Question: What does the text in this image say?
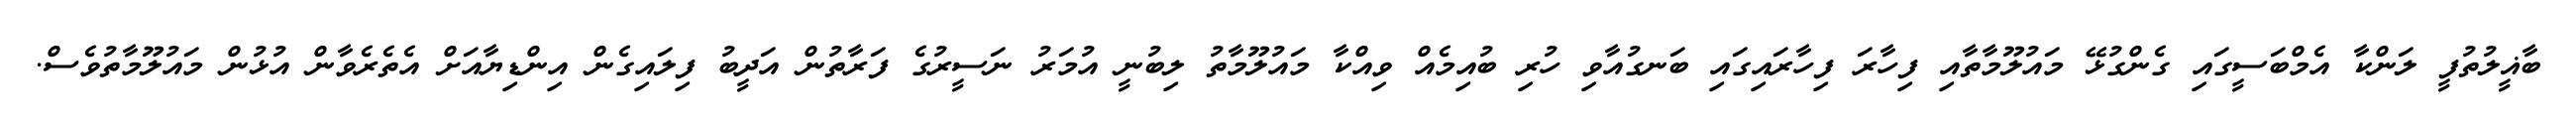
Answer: ބާޣީލުތުފީ ލަންކާ އެމްބަސީގައި ގެންގުޅޭ މައުލޫމާތާއި ފިހާރަ ފިހާރައިގައި ބަނގުއާވި ހުރި ބުއިމެއް ވިއްކާ މައުލޫމާތު ލިބުނީ އުމަރު ނަސީރުގެ ފަރާތުން އަދީބު ފިލައިގެން އިންޑިޔާއަށް އެތެރެވާން އުޅުން މައުލޫމާތުވެސް.